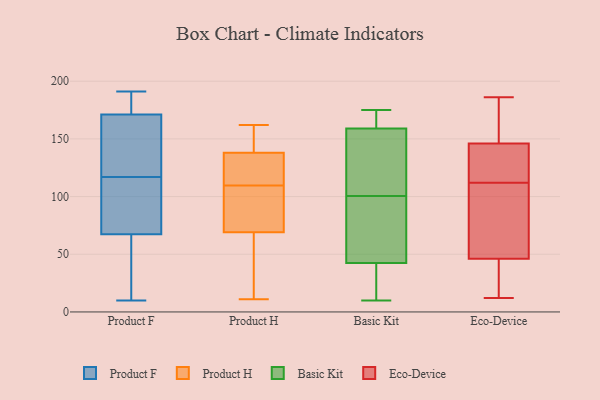
{"axis": {"x": "Humidity (%)", "y": "Value"}, "legend": ["Basic Kit", "Eco-Device", "Product F", "Product H"], "data": [{"x": "", "y": 86, "type": "Product F"}, {"x": "", "y": 184, "type": "Product F"}, {"x": "", "y": 61, "type": "Product F"}, {"x": "", "y": 191, "type": "Product F"}, {"x": "", "y": 116, "type": "Product F"}, {"x": "", "y": 117, "type": "Product F"}, {"x": "", "y": 175, "type": "Product F"}, {"x": "", "y": 60, "type": "Product F"}, {"x": "", "y": 10, "type": "Product F"}, {"x": "", "y": 160, "type": "Product F"}, {"x": "", "y": 125, "type": "Product F"}, {"x": "", "y": 11, "type": "Product H"}, {"x": "", "y": 143, "type": "Product H"}, {"x": "", "y": 69, "type": "Product H"}, {"x": "", "y": 138, "type": "Product H"}, {"x": "", "y": 100, "type": "Product H"}, {"x": "", "y": 31, "type": "Product H"}, {"x": "", "y": 162, "type": "Product H"}, {"x": "", "y": 131, "type": "Product H"}, {"x": "", "y": 119, "type": "Product H"}, {"x": "", "y": 98, "type": "Product H"}, {"x": "", "y": 175, "type": "Basic Kit"}, {"x": "", "y": 31, "type": "Basic Kit"}, {"x": "", "y": 115, "type": "Basic Kit"}, {"x": "", "y": 164, "type": "Basic Kit"}, {"x": "", "y": 166, "type": "Basic Kit"}, {"x": "", "y": 10, "type": "Basic Kit"}, {"x": "", "y": 154, "type": "Basic Kit"}, {"x": "", "y": 144, "type": "Basic Kit"}, {"x": "", "y": 23, "type": "Basic Kit"}, {"x": "", "y": 64, "type": "Basic Kit"}, {"x": "", "y": 86, "type": "Basic Kit"}, {"x": "", "y": 54, "type": "Basic Kit"}, {"x": "", "y": 135, "type": "Eco-Device"}, {"x": "", "y": 109, "type": "Eco-Device"}, {"x": "", "y": 46, "type": "Eco-Device"}, {"x": "", "y": 25, "type": "Eco-Device"}, {"x": "", "y": 116, "type": "Eco-Device"}, {"x": "", "y": 133, "type": "Eco-Device"}, {"x": "", "y": 146, "type": "Eco-Device"}, {"x": "", "y": 157, "type": "Eco-Device"}, {"x": "", "y": 90, "type": "Eco-Device"}, {"x": "", "y": 35, "type": "Eco-Device"}, {"x": "", "y": 12, "type": "Eco-Device"}, {"x": "", "y": 30, "type": "Eco-Device"}, {"x": "", "y": 165, "type": "Eco-Device"}, {"x": "", "y": 115, "type": "Eco-Device"}, {"x": "", "y": 92, "type": "Eco-Device"}, {"x": "", "y": 173, "type": "Eco-Device"}, {"x": "", "y": 59, "type": "Eco-Device"}, {"x": "", "y": 186, "type": "Eco-Device"}]}